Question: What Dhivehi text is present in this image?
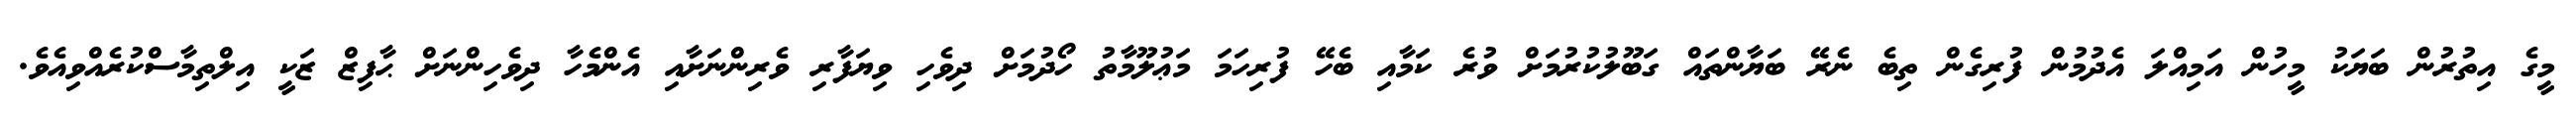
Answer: މީގެ އިތުރުން ބަޔަކު މީހުން އަމިއްލަ އެދުމުން ފުރިގެން ތިބެ ނެރޭ ބަޔާންތައް ގަބޫލުކުރުމަށް ވުރެ ކަމާއި ބެހޭ ފުރިހަމަ މަޢުލޫމާތު ހޯދުމަށް ދިވެހި ވިޔަފާރި ވެރިންނަށާއި އެންމެހާ ދިވެހިންނަށް ޙާފިޒް ޒަކީ އިލްތިމާސްކުރެއްވިއެވެ.